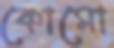
কোমো